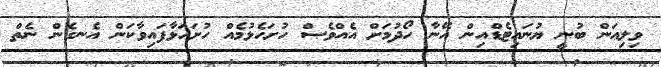
ވިލިއަން ބުނީ ޔުނައިޓެޑްއިން އޭނާ ހޯދުމަށް އެއްވެސް ހުށަހެޅުމެއް ހުށަހަޅާފައިވާކަން އެނގެން ނެތް